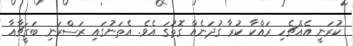
ކުރަނީ އެއްޗެހި ރައްކާ ކުރާ ގުދަނެއް ގޮތުގަ އެވެ. އެތަނުގައި ރަސްރަނި ބަގީޗާއާ